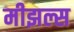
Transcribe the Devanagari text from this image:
मीझल्स